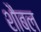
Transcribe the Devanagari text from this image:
शौबल